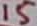
Text: 15